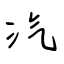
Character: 汽